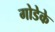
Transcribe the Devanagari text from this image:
गोडेके